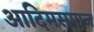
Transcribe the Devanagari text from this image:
आदिमसमाज